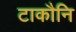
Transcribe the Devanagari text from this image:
टाकौनि